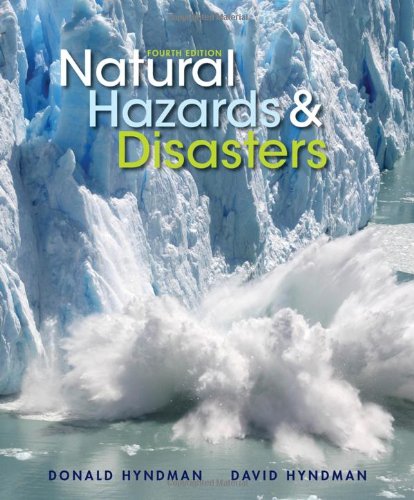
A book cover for Natural Hazards and Disasters; Donald Hyndman; Science & Math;